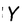
Character: Y